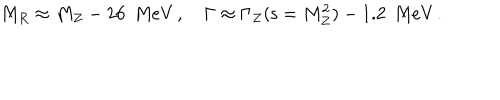
LaTeX: M _ { R } \approx M _ { Z } - 2 6 \, \, \, \mathrm { M e V } \, , \quad \Gamma \approx \Gamma _ { Z } ( { \mathsf { s } } = M _ { Z } ^ { 2 } ) - 1 . 2 \, \, \, \mathrm { M e V } \, .